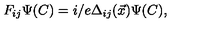
F _ { i j } \Psi ( C ) = i / e \Delta _ { i j } ( \vec { x } ) \Psi ( C ) ,